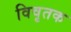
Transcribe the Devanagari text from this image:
विवृतक